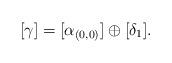
LaTeX: \begin{align*}[\gamma] = [\alpha_{(0,0)}] \oplus [\delta_1].\end{align*}